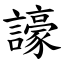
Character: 譹